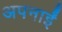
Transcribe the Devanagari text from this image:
अपनाईं